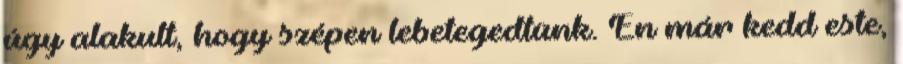
úgy alakult, hogy szépen lebetegedtünk. Én már kedd este,